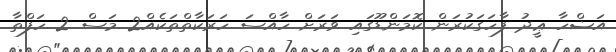
އަޟްހާ ޢީދު ފާހަގަކުރަން ކޮމަންޑޫގައި ވަރަށް ހާއްސަ ހަރަކާތްތަކެއް2 މަސް 2 ހަފްތާ